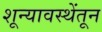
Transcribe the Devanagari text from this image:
शून्यावस्थेंतून